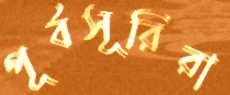
পূর্বসূরিরা